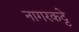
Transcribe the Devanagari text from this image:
नागरकट्टे